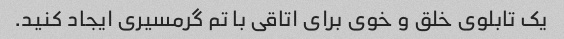
یک تابلوی خلق و خوی برای اتاقی با تم گرمسیری ایجاد کنید.